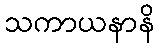
သကာယနာနိ